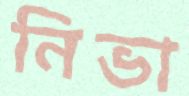
নিভা